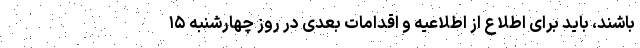
باشند، باید برای اطلاع از اطلاعیه و اقدامات بعدی در روز چهارشنبه ۱۵